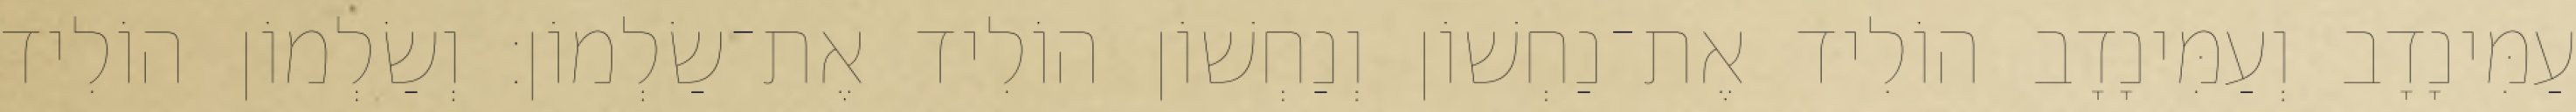
עַמִּינָדָב וְעַמִּינָדָב הוֹלִיד אֶת־נַחְשׁוֹן וְנַחְשׁוֹן הוֹלִיד אֶת־שַׂלְמוֹן׃ וְשַׂלְמוֹן הוֹלִיד